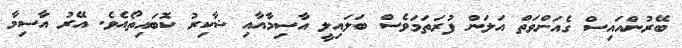
ބޭރުންއައިސް ގެއަށްވަތް އަލަން ފުރަތަމަވެސް ބަލައިލީ އާސިމާއާއި ޝާކިރު ކޮބައިތޯއެވެ. އޭރު އާސިމާ